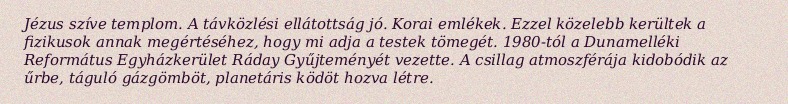
Jézus szíve templom. A távközlési ellátottság jó. Korai emlékek. Ezzel közelebb kerültek a fizikusok annak megértéséhez, hogy mi adja a testek tömegét. 1980-tól a Dunamelléki Református Egyházkerület Ráday Gyűjteményét vezette. A csillag atmoszférája kidobódik az űrbe, táguló gázgömböt, planetáris ködöt hozva létre.